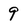
Character: 9